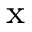
_ \mathrm { x }